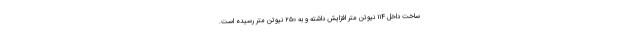
ساخت داخل ۱۱۴ نیوتن متر افزایش داشته و به ۲۵۰ نیوتن متر رسیده است.